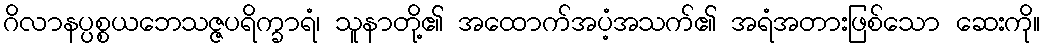
ဂိလာနပ္ပစ္စယဘေသဇ္ဇပရိက္ခာရံ၊ သူနာတို့၏ အထောက်အပံ့အသက်၏ အရံအတားဖြစ်သော ဆေးကို။